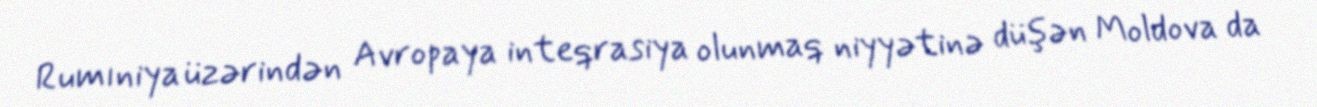
Rumıniya üzərindən Avropaya inteqrasiya olunmaq niyyətinə düşən Moldova da